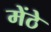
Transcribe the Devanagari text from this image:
मेंठे